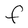
Character: F